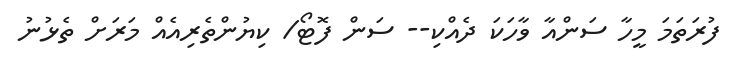
ފުރަތަމަ މީހާ ސަންއާ ވާހަކަ ދެއްކި-- ސަން ފޮޓޯ/ ކިޔުންތެރިއެއް މަރަށް ތެޅުނު